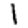
Digit: 1